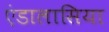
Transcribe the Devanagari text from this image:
एंडालासिया